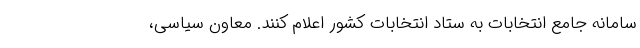
سامانه جامع انتخابات به ستاد انتخابات کشور اعلام کنند. معاون سیاسی،